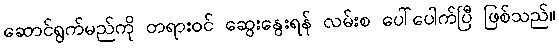
ဆောင်ရွက်မည်ကို တရားဝင် ဆွေးနွေးရန် လမ်းစ ပေါ်ပေါက်ပြီ ဖြစ်သည်။